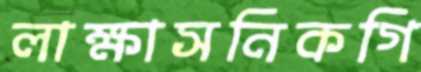
লাক্ষাসনিকগি